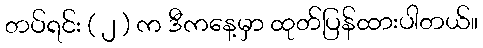
တပ်ရင်း ( ၂ ) က ဒီကနေ့မှာ ထုတ်ပြန်ထားပါတယ်။